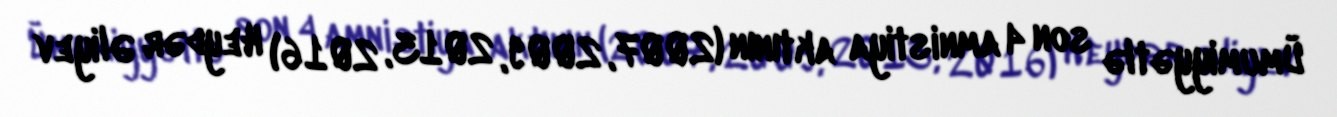
Ümumiyyətlə son 4 amnistiya aktının (2007, 2009, 2013, 2016) Heydər Əliyev